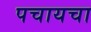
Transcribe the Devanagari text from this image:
पचायचा